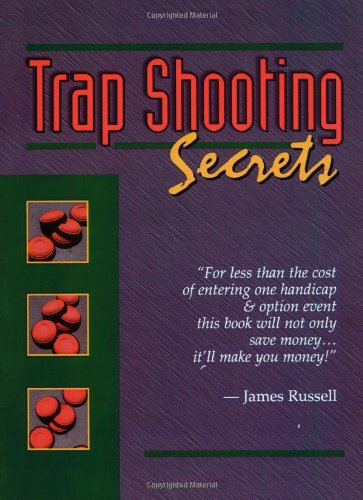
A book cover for Trapshooting Secrets; James Russell; Sports & Outdoors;